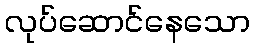
လုပ်ဆောင်နေသော